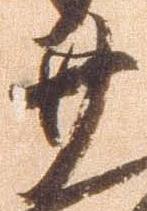
廿